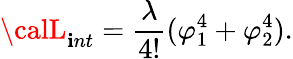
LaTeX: {\calL}_{\mathbf{i}nt}=\frac{{\lambda}}{{4!}}(\varphi_{1}^{4}+\varphi_{2}^{4}).